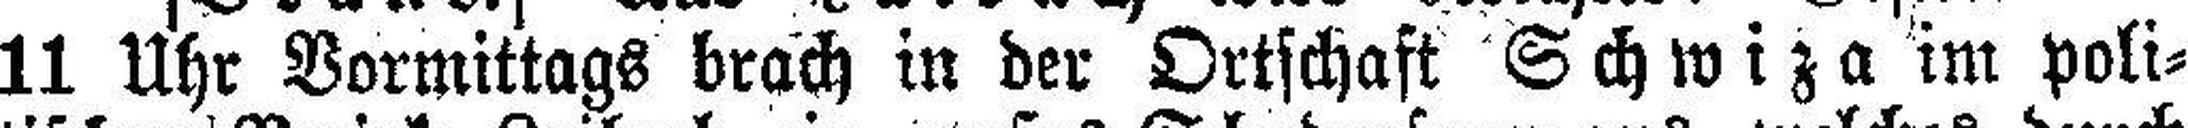
11 Uhr Vormittags brach in der Ortschaft Schwiza im poli¬